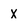
Character: X